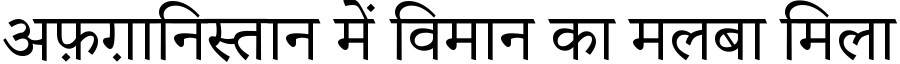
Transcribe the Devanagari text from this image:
अफ़ग़ानिस्तान में विमान का मलबा मिला